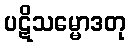
ပဋိသမ္မောဒတု